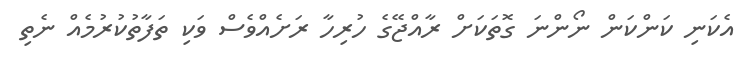
އެކަނި ކަންކަން ނޯންނަ ގޮތަކަށް ރާއްޖޭގެ ހުރިހާ ރަށެއްވެސް ވަކި ތަފާތުކުުރުމެއް ނެތި